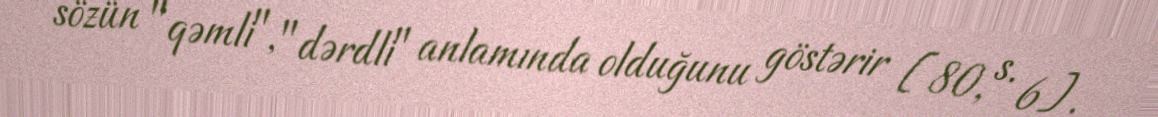
sözün "qəmli", "dərdli" anlamında olduğunu göstərir [80, s. 6].